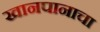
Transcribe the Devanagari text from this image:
खानपानाचा